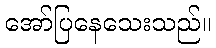
အော်ပြနေသေးသည်။